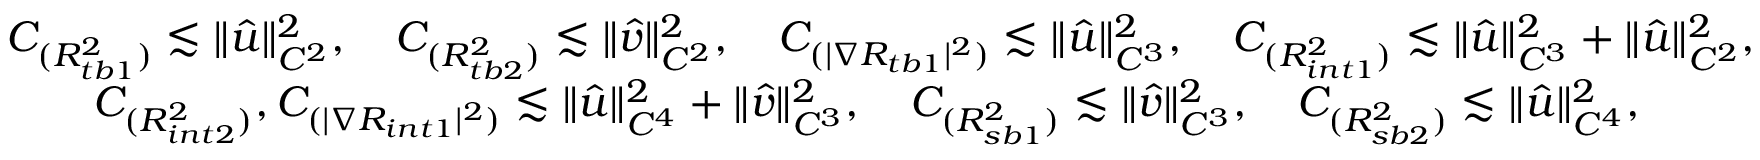
\begin{array} { r l } & { C _ { ( { R _ { t b 1 } ^ { 2 } } ) } \lesssim \| \hat { u } \| _ { C ^ { 2 } } ^ { 2 } , \quad C _ { ( { R _ { t b 2 } ^ { 2 } } ) } \lesssim \| \hat { v } \| _ { C ^ { 2 } } ^ { 2 } , \quad C _ { ( | \nabla R _ { t b 1 } | ^ { 2 } ) } \lesssim \| \hat { u } \| _ { C ^ { 3 } } ^ { 2 } , \quad C _ { ( { R _ { i n t 1 } ^ { 2 } } ) } \lesssim \| \hat { u } \| _ { C ^ { 3 } } ^ { 2 } + \| \hat { u } \| _ { C ^ { 2 } } ^ { 2 } , } \\ & { \qquad C _ { ( R _ { i n t 2 } ^ { 2 } ) } , C _ { ( | \nabla R _ { i n t 1 } | ^ { 2 } ) } \lesssim \| \hat { u } \| _ { C ^ { 4 } } ^ { 2 } + \| \hat { v } \| _ { C ^ { 3 } } ^ { 2 } , \quad C _ { ( { R _ { s b 1 } ^ { 2 } } ) } \lesssim \| \hat { v } \| _ { C ^ { 3 } } ^ { 2 } , \quad C _ { ( { R _ { s b 2 } ^ { 2 } } ) } \lesssim \| \hat { u } \| _ { C ^ { 4 } } ^ { 2 } , } \end{array}